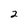
Character: 2